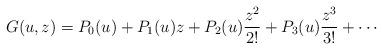
LaTeX: \begin{align*}G(u,z)=P_{0}(u) +P_{1}(u)z+P_{2}(u)\frac{z^{2}}{2!}+P_{3}(u)\frac{z^{3}}{3!}+\cdots\end{align*}